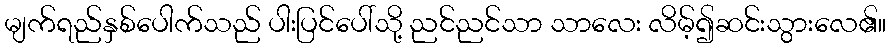
မျက်ရည်နှစ်ပေါက်သည် ပါးပြင်ပေါ်သို့ ညင်ညင်သာ သာလေး လိမ့်၍ဆင်းသွားလေ၏။